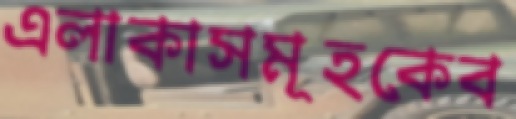
এলাকাসমূহকেব